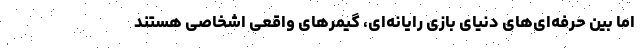
اما بین حرفه‌ای‌های دنیای بازی رایانه‌ای، گیمرهای واقعی اشخاصی هستند